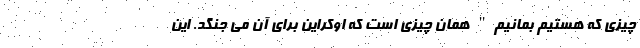
چیزی که هستیم بمانیم" همان چیزی است که اوکراین برای آن می جنگد. این